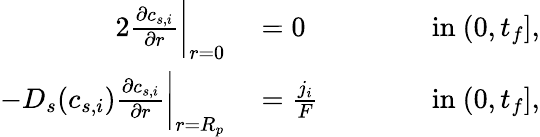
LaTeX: \begin{array}{rlrl}{{2}\frac{\partial c_{s,i}}{\partial r}\bigg|_{r=0}}&{{}=0}&{\qquad}&{{}\textrm{in}\ (0,t_{f}],}\\ {-D_{s}(c_{s,i})\frac{\partial c_{s,i}}{\partial r}\bigg|_{r=R_{p}}}&{{}=\frac{j_{i}}{F}}&{}&{{}\textrm{in}\ (0,t_{f}],}\end{array}